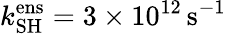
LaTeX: k_{\mathrm{SH}}^{\mathrm{ens}}=3\times 10^{12}\, \mathrm{s}^{-1}